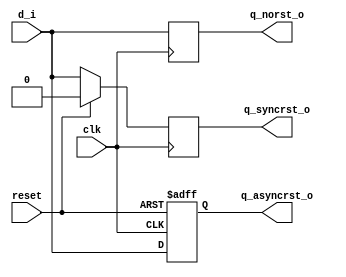
// Different DFF

module day2 (
  input     clk,
  input     reset,

  input     d_i,

  output    reg q_norst_o,
  output    reg q_syncrst_o,
  output    reg q_asyncrst_o
);

  always@(posedge clk) begin
      q_norst_o <= d_i;
  end
  
  always@(posedge clk) begin
    if(reset)
      q_syncrst_o <= 1'b0;
    else
      q_syncrst_o <= d_i;
  end
  
  always@(posedge clk or posedge reset) begin
    if(reset)
      q_asyncrst_o <= 1'b0;
    else 
      q_asyncrst_o <= d_i;
  end
  // it has to be noted that it has some linting issues
endmodule